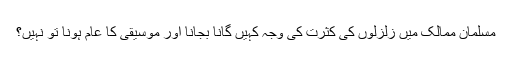
مسلمان ممالک میں زلزلوں کی کثرت کی وجہ کہیں گانا بجانا اور موسیقی کا عام ہونا تو نہیں؟